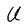
Character: U